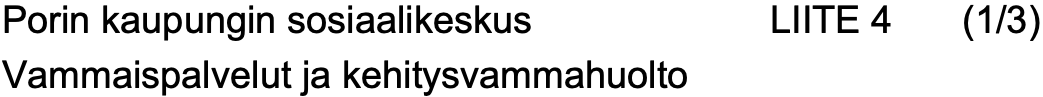
Porin kaupungin sosiaalikeskus LIITE 4 (1/3) Vammaispalvelut ja kehitysvammahuolto